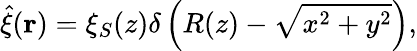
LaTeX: \hat{\xi}(\mathbf{r})=\xi_{S}(z)\delta\left(R(z)-\sqrt{x^{2}+y^{2}}\right),